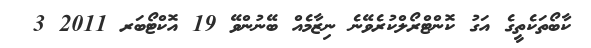
ކާބޯތަކެތީގެ އަގު ކޮންޓްރޯލްކުރެވޭނެ ނިޒާމެއް ބޭނުންވޭ 19 އޮކްޓޯބަރ 2011 3